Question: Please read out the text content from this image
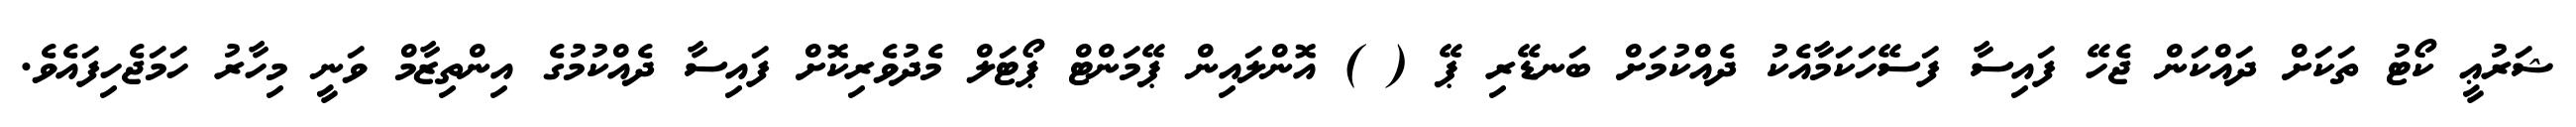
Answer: ޝަރުޢީ ކޯޓު ތަކަށް ދައްކަން ޖެހޭ ފައިސާ ފަސޭހަކަމާއެކު ދެއްކުމަށް ބަނޑޭރި ޕޭ ( ) އޮންލައިން ޕޭމަންޓް ޕޯޓަލް މެދުވެރިކޮށް ފައިސާ ދެއްކުމުގެ އިންތިޒާމް ވަނީ މިހާރު ހަމަޖެހިފައެވެ.